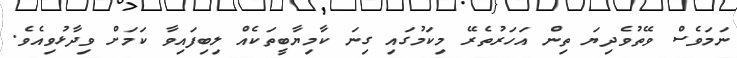
ނަމަވެސް ވޭތުވެދިޔަ ތިން އަހަރުތެރޭ މިކަމުގައި ގިނަ ކާމިޔާބީތަކެއް ލިބިފައިވާ ކަމަށް ވިދާޅުވިއެވެ.